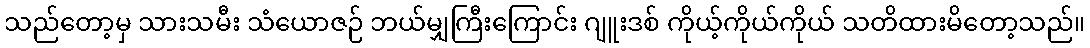
သည်တော့မှ သားသမီး သံယောဇဉ် ဘယ်မျှကြီးကြောင်း ဂျူးဒစ် ကိုယ့်ကိုယ်ကိုယ် သတိထားမိတော့သည်။